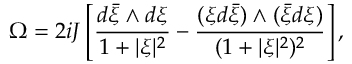
\Omega = 2 i J \left[ \frac { d { \bar { \xi } } \wedge d \xi } { 1 + \vert \xi \vert ^ { 2 } } - \frac { ( \xi d { \bar { \xi } } ) \wedge ( { \bar { \xi } } d \xi ) } { ( 1 + \vert \xi \vert ^ { 2 } ) ^ { 2 } } \right] ,